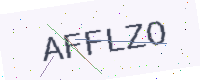
Text: AFFLZO